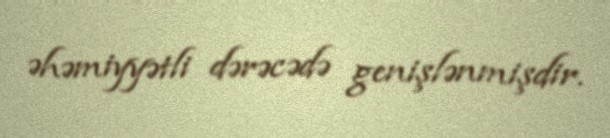
əhəmiyyətli dərəcədə genişlənmişdir.